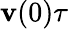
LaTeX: \mathbf{v}(0)\tau